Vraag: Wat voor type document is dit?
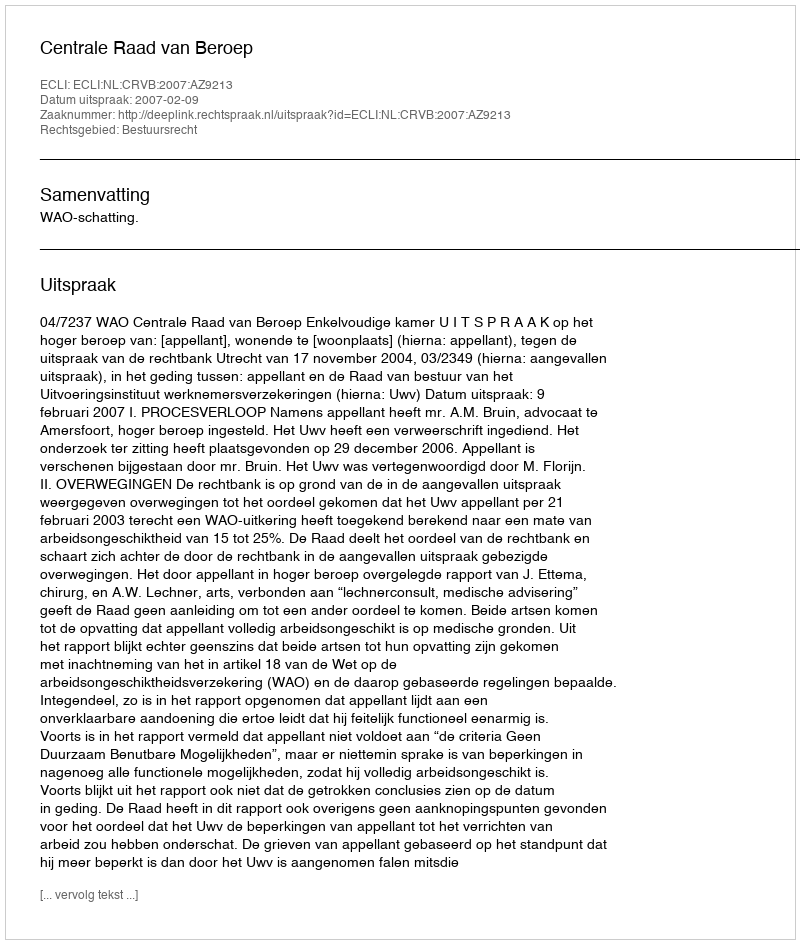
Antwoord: Uitspraak